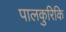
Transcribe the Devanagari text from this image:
पालकुरिकि